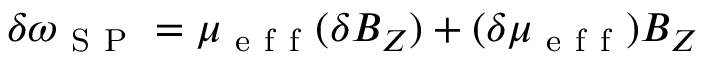
\delta \omega _ { \mathrm { ~ S ~ P ~ } } = \mu _ { \mathrm { ~ e ~ f ~ f ~ } } ( \delta B _ { Z } ) + ( \delta \mu _ { \mathrm { ~ e ~ f ~ f ~ } } ) B _ { Z }